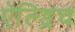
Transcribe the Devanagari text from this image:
ऐल्ड्रिच